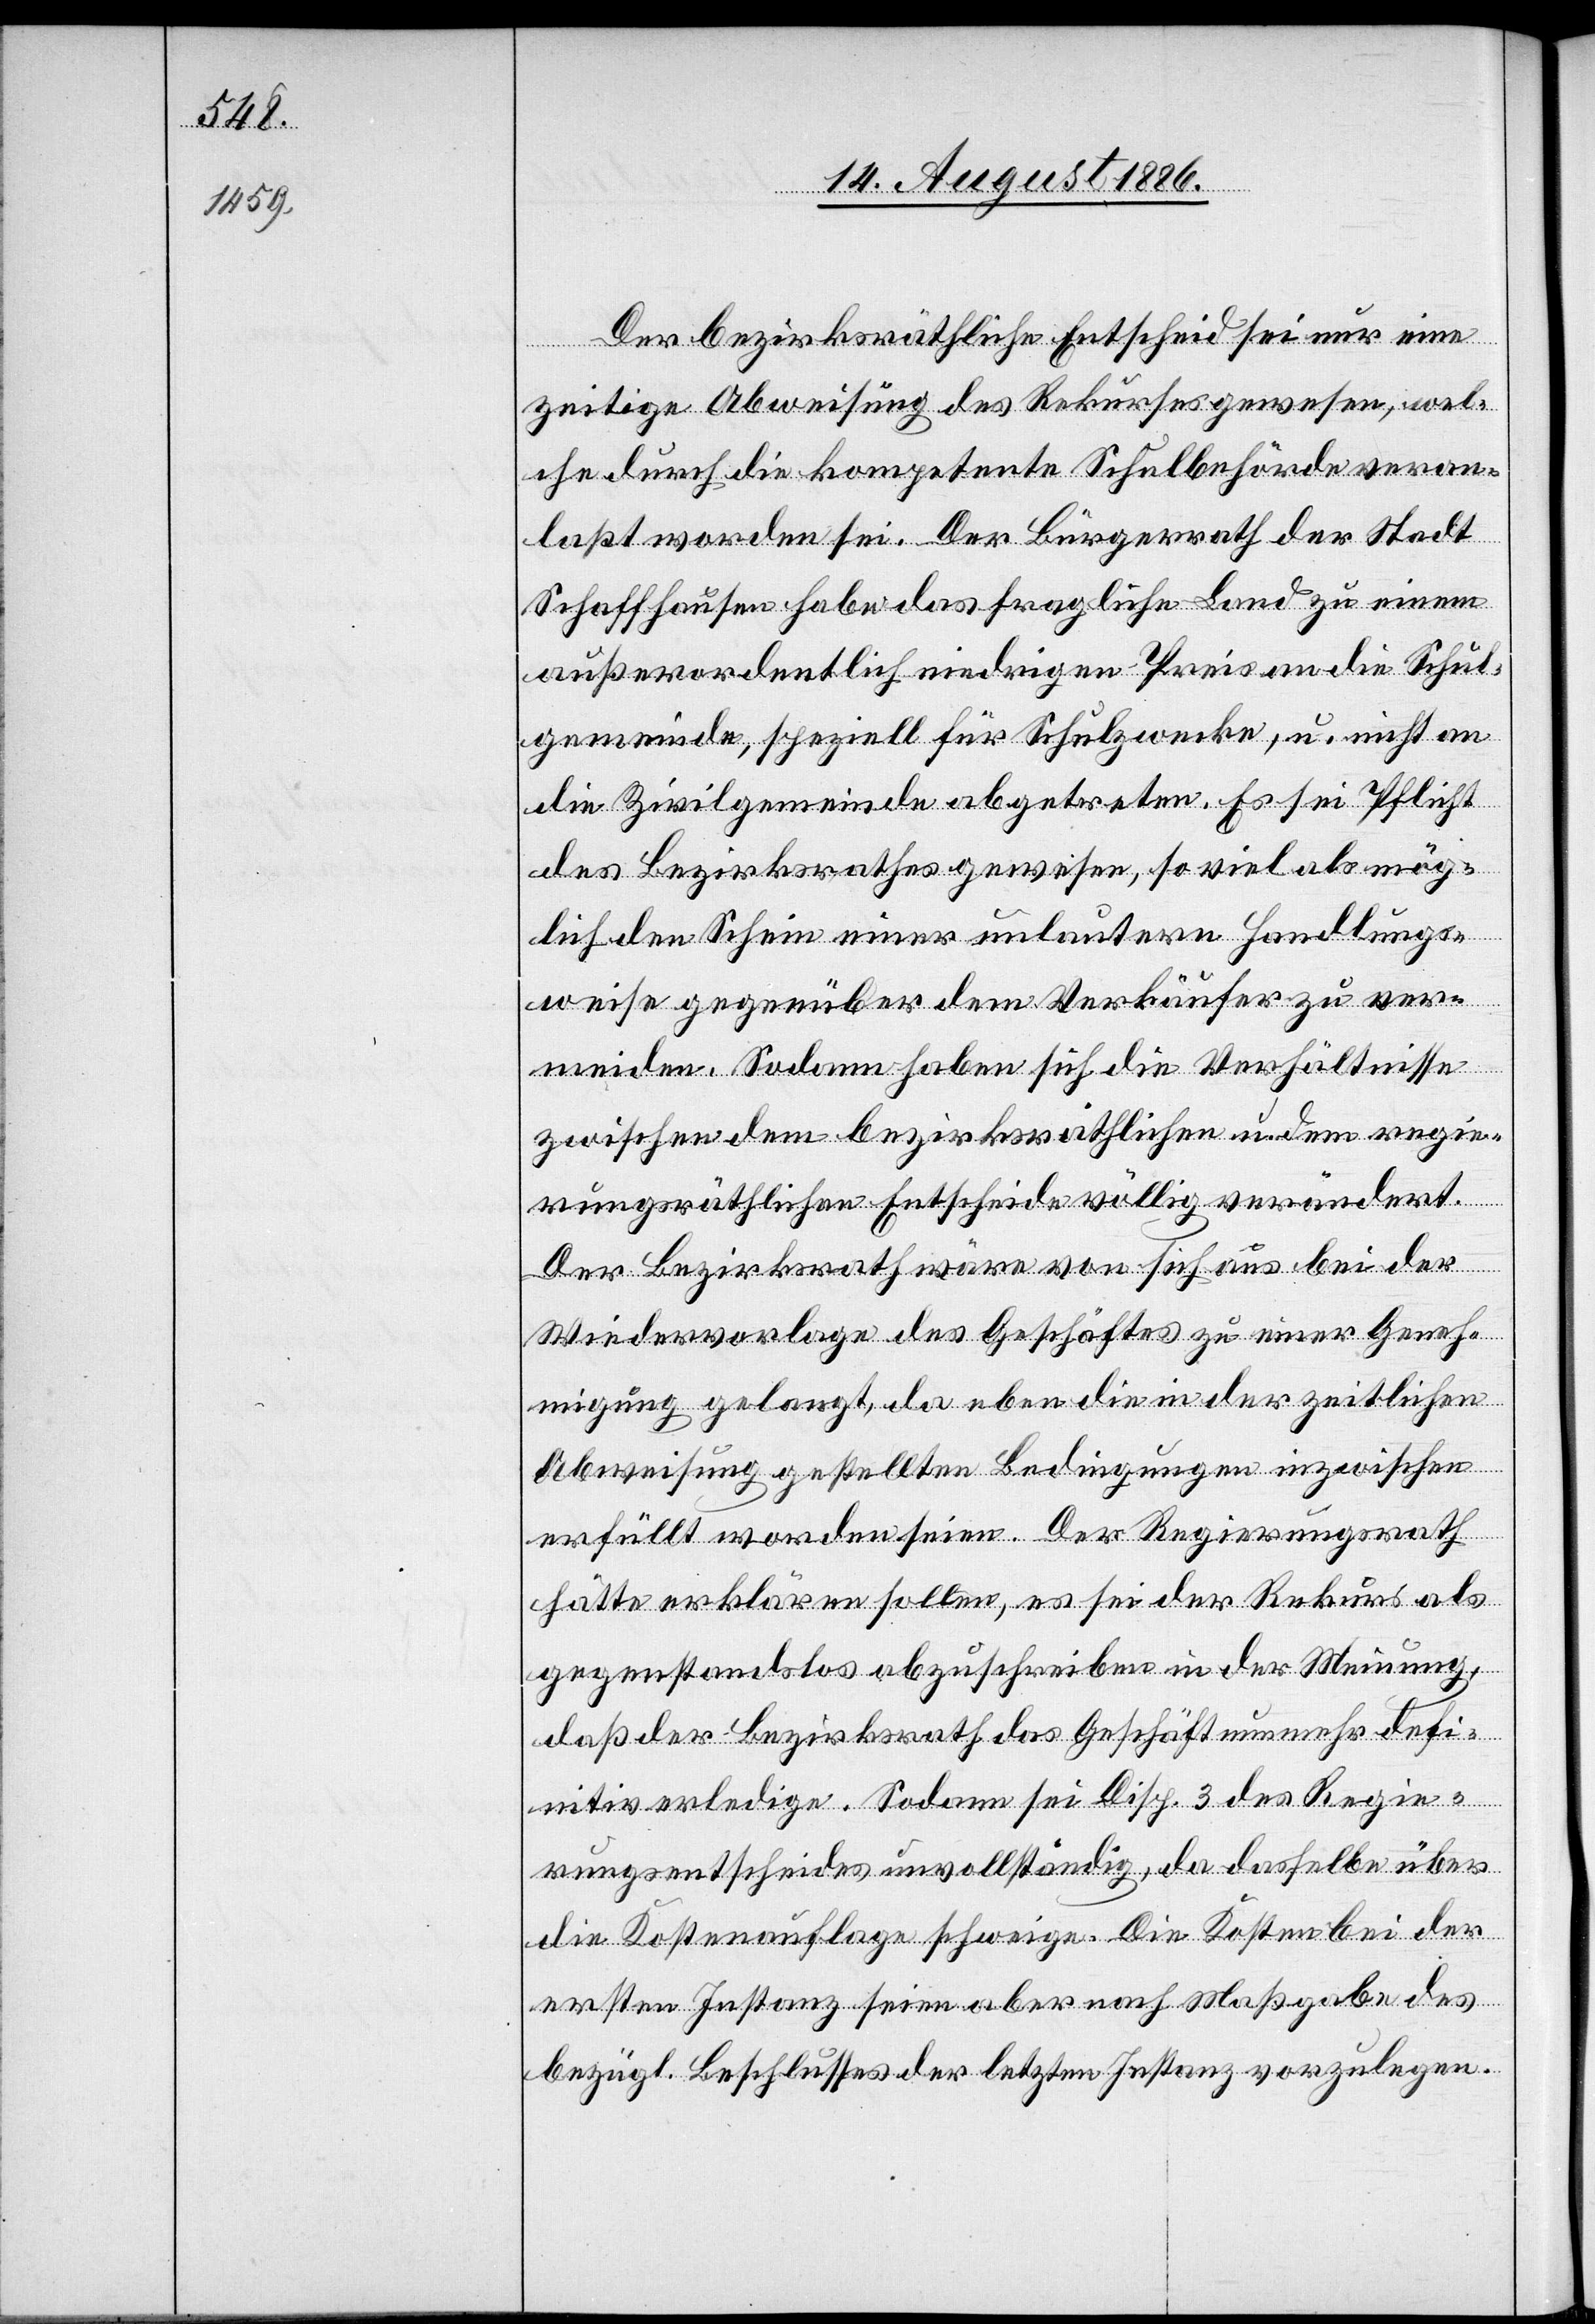
Der bezirksräthliche Entscheid sei nur eine
zeitige Abweisung des Rekurses gewesen, wel¬
che durch die kompetente Schulbehörde veran¬
laßt worden sei. Der Bürgerrath der Stadt
Schaffhausen habe das fragliche Land zu einem
außerordentlich niedrigen Preis an die Schul¬
gemeinde, speziell für Schulzwecke, u. nicht an
die Zivilgemeinde abgetreten. Es sei Pflicht
des Bezirksrathes gewesen, so viel als mög¬
lich den Schein einer unlautern Handlungs¬
weise gegenüber dem Verkäufer zu ver¬
meiden. Sodann haben sich die Verhältnisse
zwischen dem bezirksräthlichen u. dem regie¬
rungsräthlichen Entscheide völlig verändert.
Der Bezirksrath wäre von sich aus bei der
Wiedervorlage des Geschäftes zu einer Geneh¬
migung gelangt, da eben die in der zeitlichen
Abweisung gestellten Bedingungen inzwischen
erfüllt worden seien. Der Regierungsrath
hätte erklären sollen, es sei der Rekurs als
gegenstandslos abzuschreiben in der Meinung,
daß der Bezirksrath das Geschäft nunmehr defi¬
nitiv erledige. Sodann sei Disp. 3 des Regie¬
rungsentscheides unvollständig, da dasselbe über
die Kostenauflage schweige. Die Kosten bei der
ersten Instanz seien aber nach Maßgabe des
bezügl. Beschlusses der letzten Instanz vorzulegen.